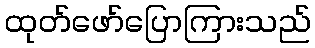
ထုတ်ဖော်ပြောကြားသည်